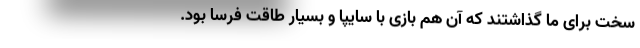
سخت برای ما گذاشتند که آن هم بازی با سایپا و بسیار طاقت فرسا بود.